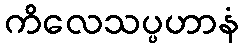
ကိလေသပ္ပဟာနံ